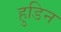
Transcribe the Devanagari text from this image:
हुडिन